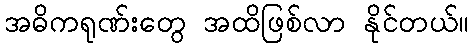
အဓိကရုဏ်းတွေ အထိဖြစ်လာ နိုင်တယ်။